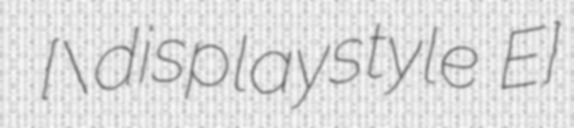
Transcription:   {\displaystyle E}